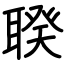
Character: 聧